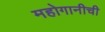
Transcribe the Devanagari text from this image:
महोगानीची